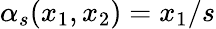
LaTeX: \alpha_{s}(x_{1},x_{2})=x_{1}/s